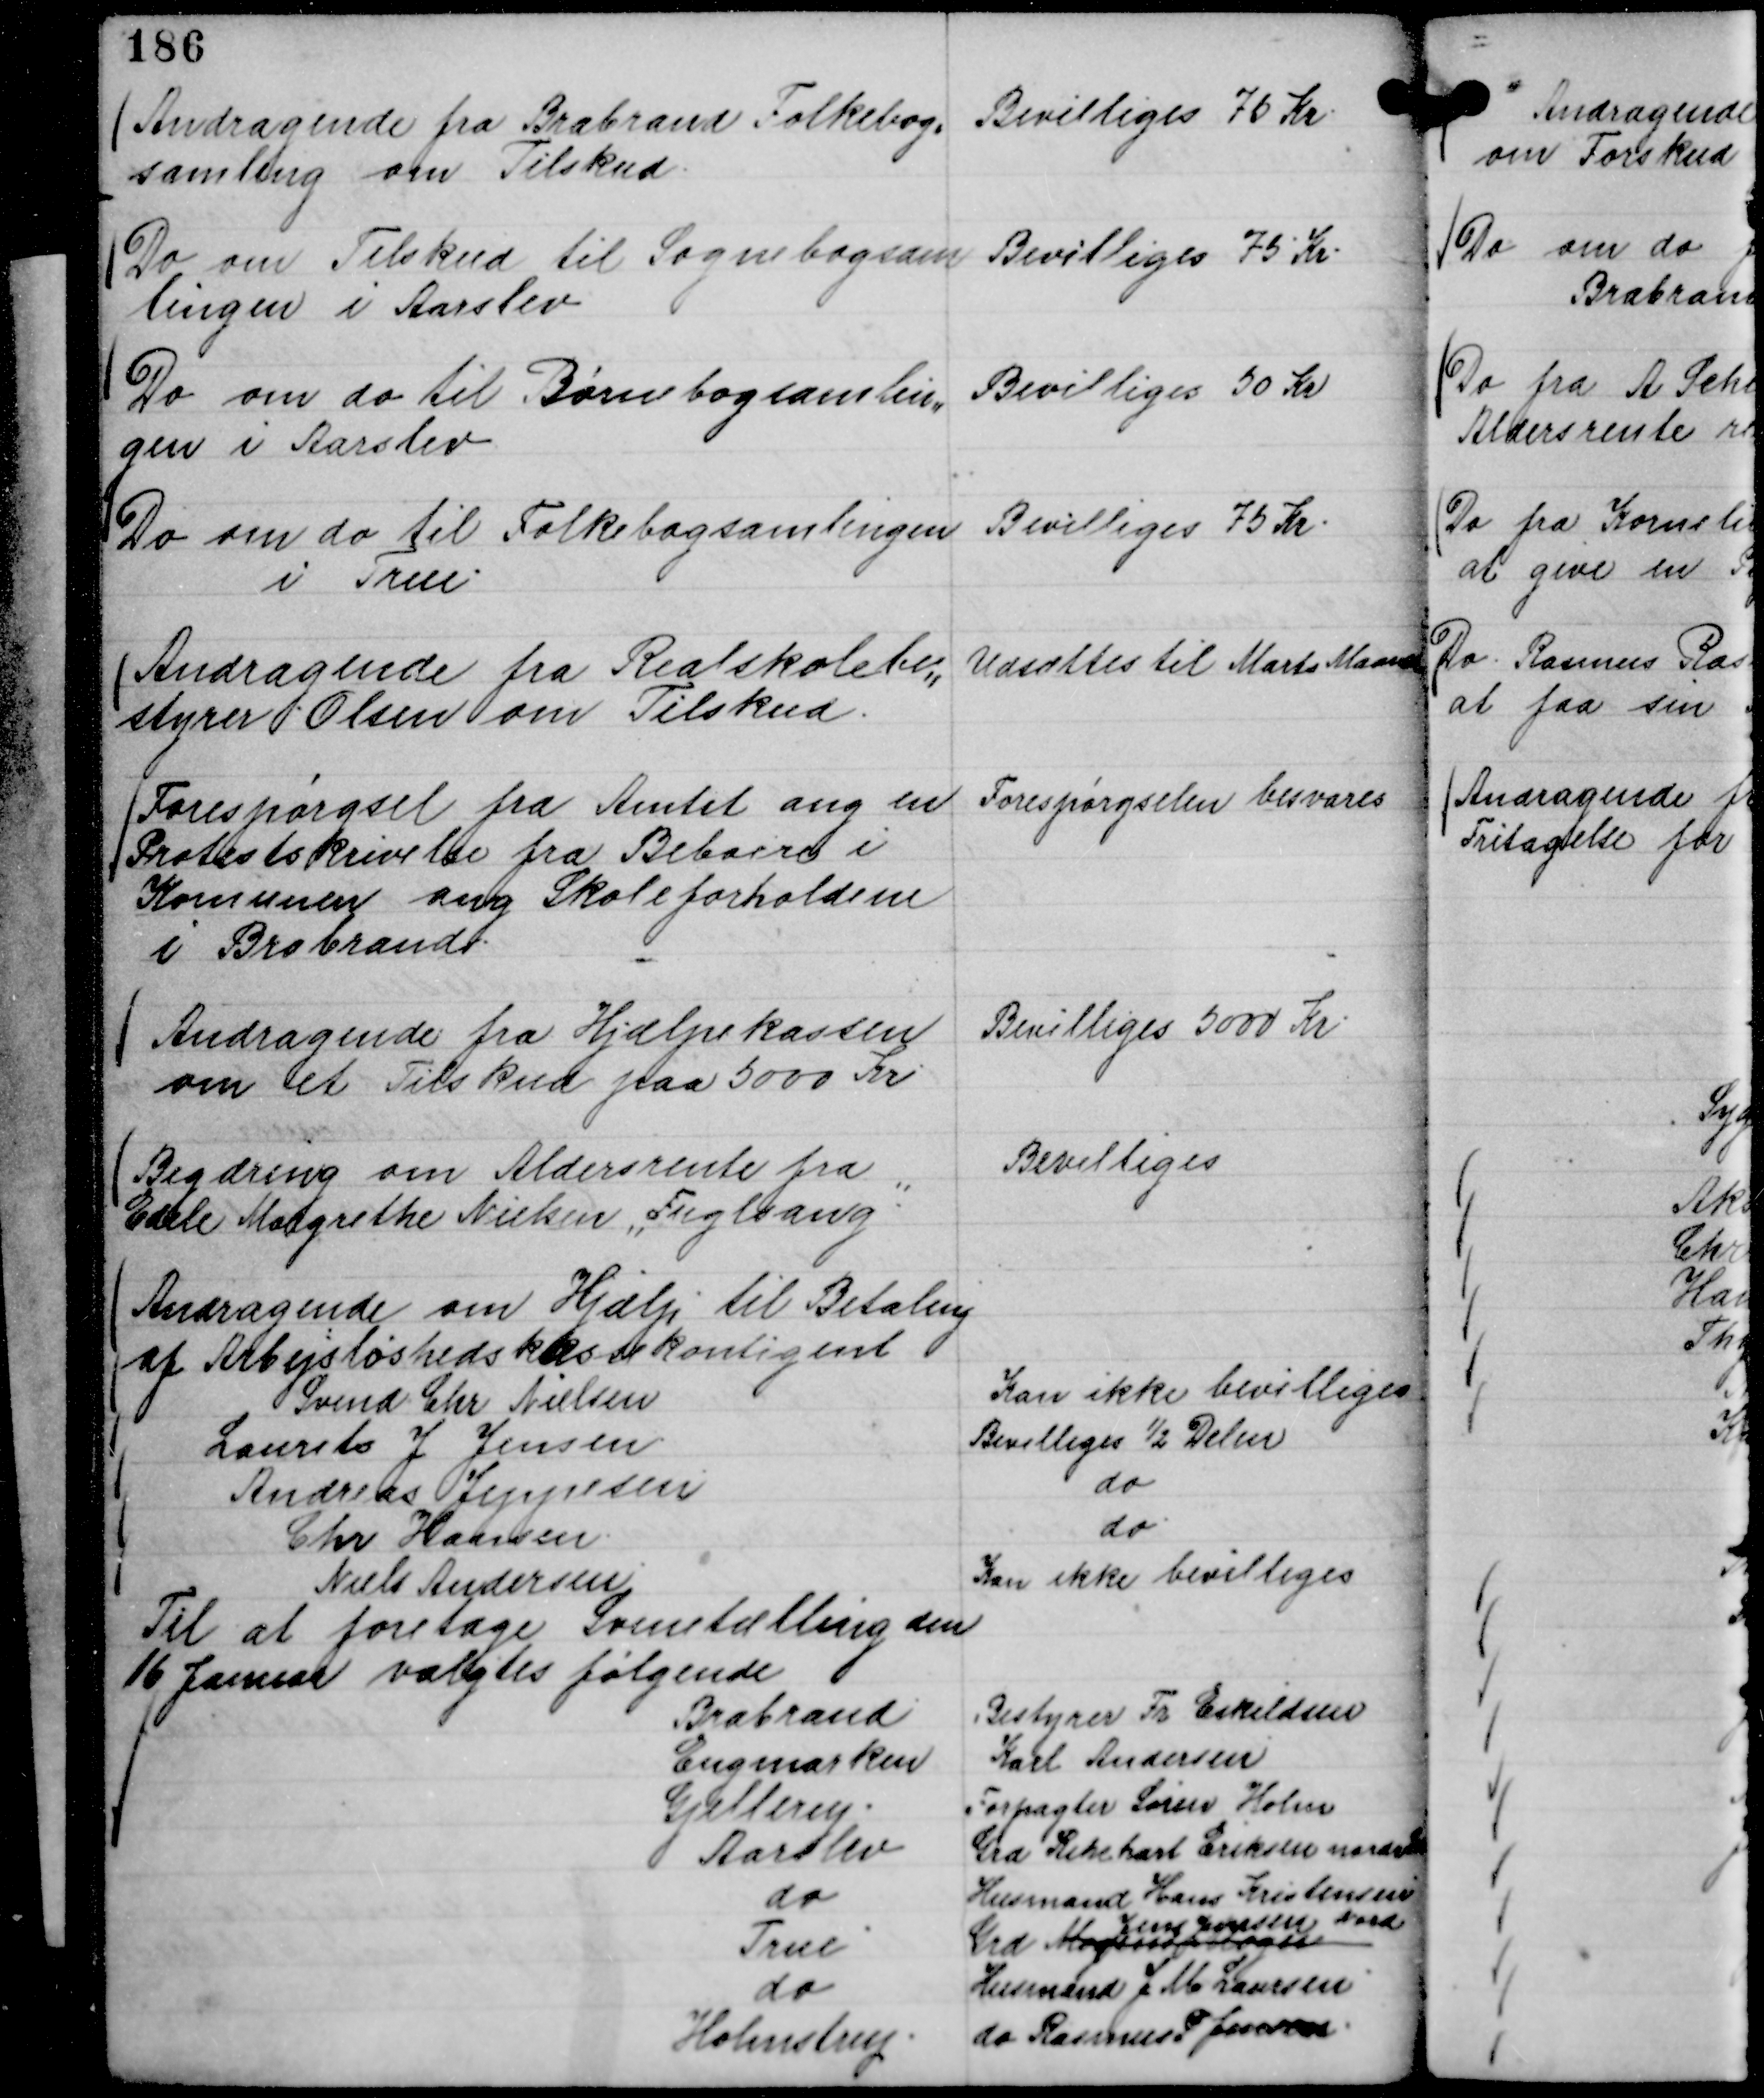
Transskription:
Andragende fra Brabrand Folkebog,,
samling om Tilskud.

Bevilliges 75 Kr.

Do om Tilskud til Sognebogsam
lingen i Aarslev

Bevilliges 75 Kr.

Do om do til Børnebogsamlin,,
gen i Aarslev

Bevilliges 50 Kr

Do om do til Folkebogsamlingen
i True.

Bevilliges 75 Kr.

Andragende fra Realskolebe,,
styrer Olsen om Tilskud.

Udsættes til Marts Maaned

Forespørgsel fra Amtet ang en
Protestskrivelse fra Beboere i
Komunen ang Skoleforholdene
i Brabrand.

Forespørgselen besvares

Andragende fra Hjælpekassen
om et Tilskud paa 5000 Kr

Bevilliges 5000 Kr.

Begæring om Aldersrente fra
Edele Margrethe Nielsen "Fuglsang."

Bevilliges

Andragende om Hjælp til Betaling
af Arbejsløshedskassekontigent
Svend Chr Nielsen
Kan ikke bevilliges
Laurits J Jensen
Bevilliges ½ Delen
Andreas Jeppesen
do
Chr Hansen.
do.
Niels Andersen
Kan ikke bevilliges

Til at foretage Svinetælling den
16 Januar valgtes følgende
Brabrand
Bestyrer Fr Eskildsen
Engmarken
Karl Andersen
Gjellerup.
Forpagter Søren Holm
Aarslev
Grd Rihchart Eriksen nordvest
do
Husmand Hans Kristensen
True
Grd Mogens
Jens Jensen Nord
do
Husmand J M Laursen
Holmstrup.
do Rasmus P Jensen.